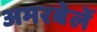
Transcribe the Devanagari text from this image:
अमरबेलें